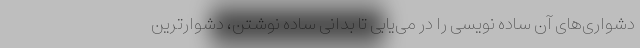
دشواری‌های آن ساده نویسی را در می‌یابی تا بدانی ساده نوشتن، دشوارترین